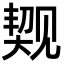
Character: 𬢐